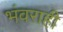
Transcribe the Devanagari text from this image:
भंवराही